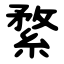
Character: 䋷